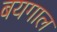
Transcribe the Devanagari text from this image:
बयगाल